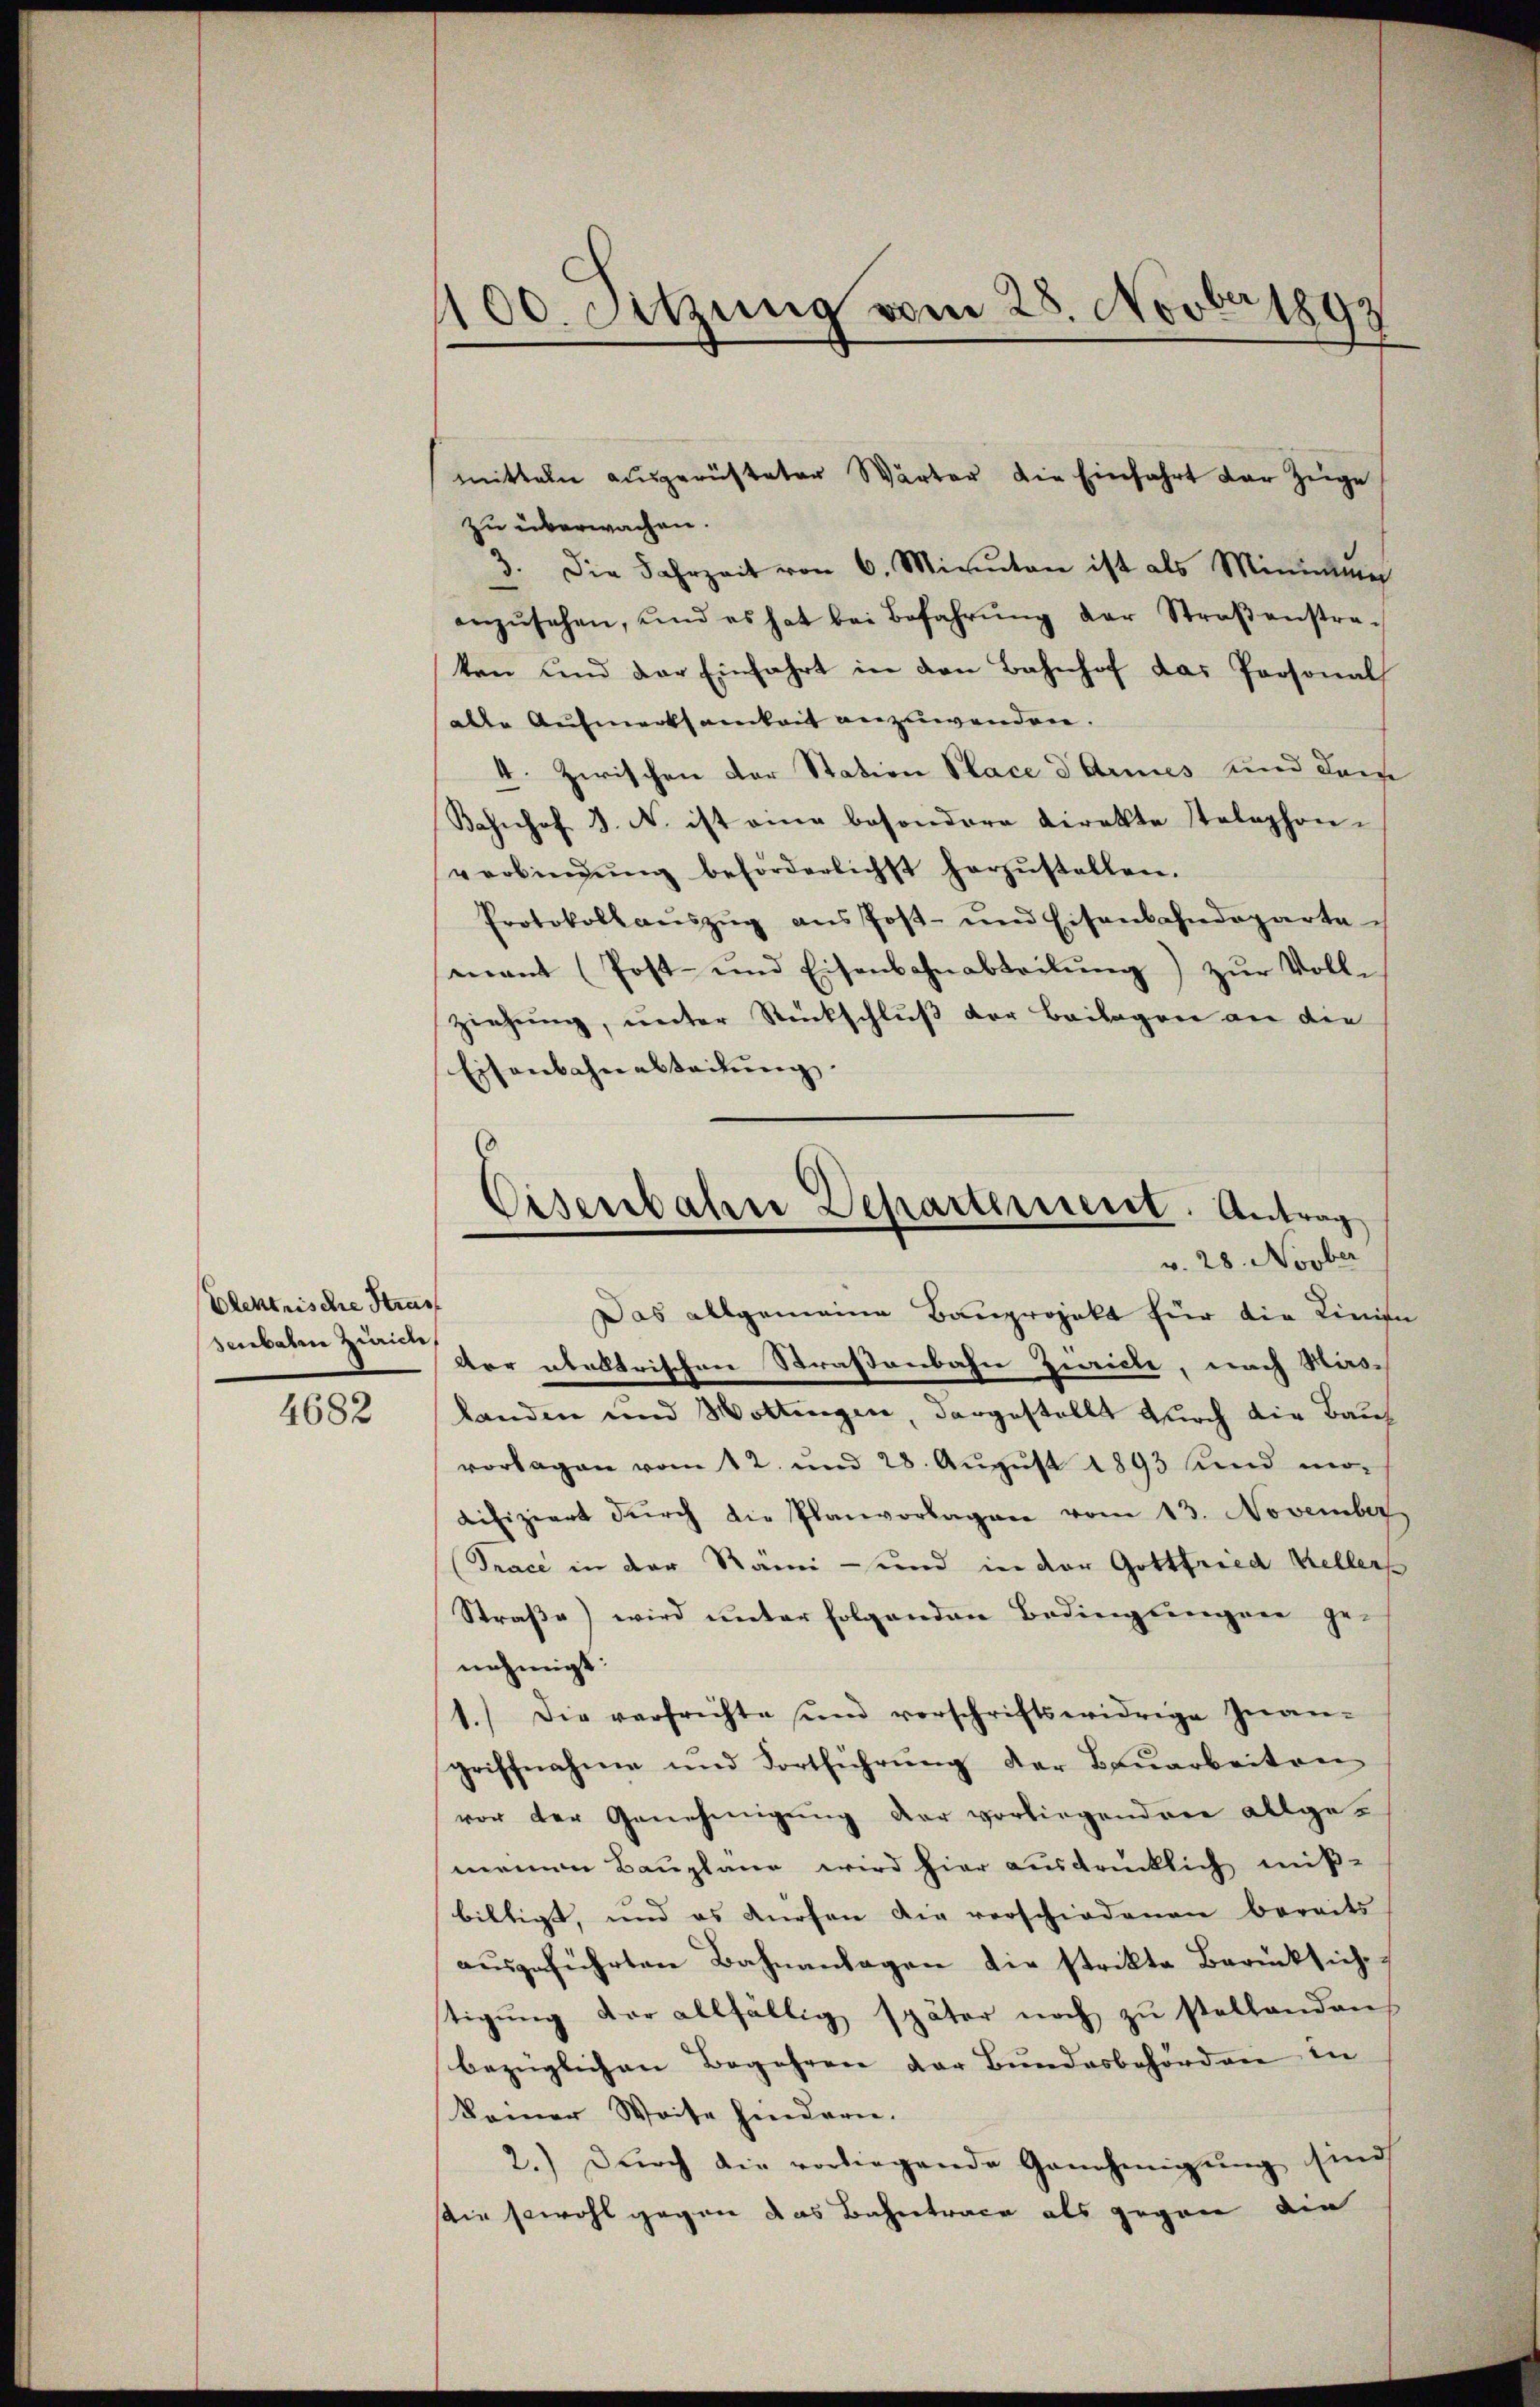
Elektrische Stras
senbaten Zwicke

4682

zu überwachen.
3. Die Fahrzeit von 6. Minuten ist als Mining
anzŭsehen, und es hat bei Befahrŭng der Straβenstra-
ten und der Einfahrt in den Bahnhof das Personal
alle Aufmerksamkeit anzuwenden
4. Zwischen der Station Place d Armes und dam
Bahnhof 3. N. ist eine besondere Direkte Stelephon-
verbindŭng beförderlichst herzŭstellen.
Protokollaŭszŭg ans Post- und Eisenbahndeparte
mant (Post- und Eisenbahnabteilŭng zŭr Voll-
ziehung, unter Rückschluß der Beilagen an die
Eisenbahnabteilung.
(

100. Setzung vom 28. Novber 1892

mitteln ausgerüsteter Wärter die Einfahrt der Zeige

Das allgemeine Bauprojekt für die Linien
der abeltrischen Straßenbahn Zeiche, nach Hirs-
landen und Wottingen, dargestellt durch die Bauvorlagen vom 12. und 28. Aŭgŭst 1893 und mo-
Lifiziert dŭrch die Planvorlagen vom 13. November
Trace in der Rami - und in der Gottfried Kellers
Straße) wird unter folgenden Bedingungen ge-
nehmigt.
1.) Die verfrechte und vorschriftswidrige Inan-
griffnahme und Fortführŭng der Baŭarbeiten
vor der Genehmigung der vorliegenden allge-
meinen Bauplane wird hier ausdrücklich mißbiltigt, und es dürfen die verschiedenen bereits
aŭsgeführten Bahnanlagen die strikte Berücksiche
tigŭng der allfällig später noch zŭ stellenden
bezüglichen Begehren der Bundesbehörden in
keiner Weise hindern.
2.) Durch die vorliegende Genehmigung sind
ir sowohl gegen das Bahntrace als gegen die

Eisenbahre Departerniert. Antrag
v. 28. Novber